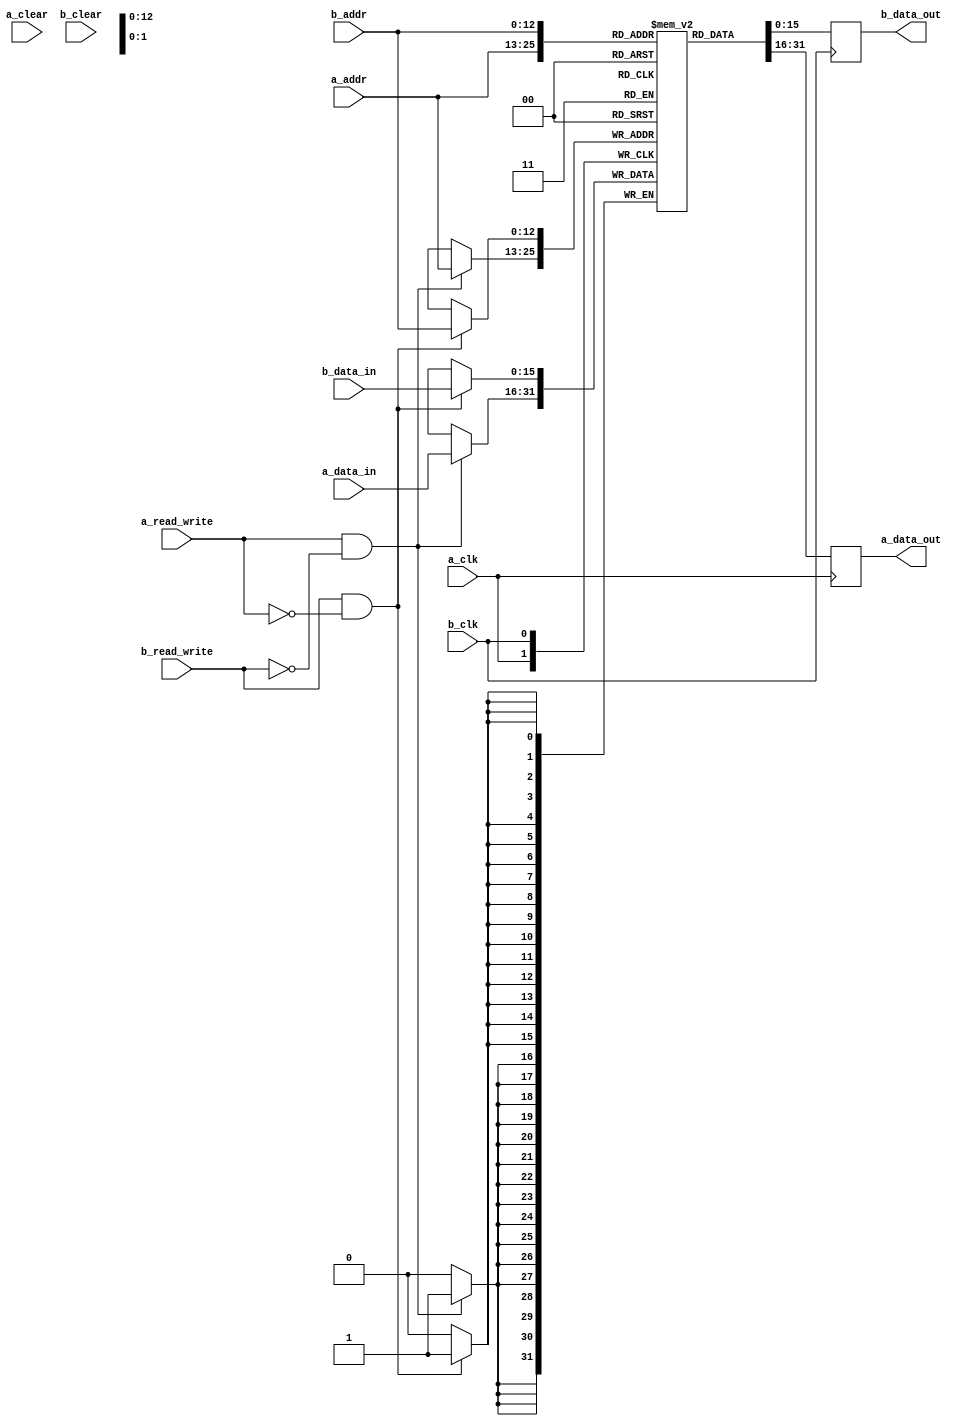
`timescale 1ns / 1ps
//////////////////////////////////////////////////////////////////////////////////
// Company: 
// Engineer: 
// 
// Design Name: 
// Module Name: BRAM_curr_DUAL
// Project Name: 
// Target Devices: 
// Tool Versions: 
// Description: 
// 
// Dependencies: 
// 
// Revision:
// Revision 0.01 - File Created
// Additional Comments:
// 
//////////////////////////////////////////////////////////////////////////////////

module BRAM_curr_DUAL (a_clk, a_addr, a_read_write, a_clear, a_data_in, a_data_out,
                   b_clk, b_addr, b_read_write, b_clear, b_data_in, b_data_out);
parameter n = 13;
parameter w = 16;

input a_clk, a_read_write, a_clear, b_clk, b_read_write, b_clear;
input [n-1:0] a_addr, b_addr;
input [w-1:0] a_data_in, b_data_in;
output reg [w-1:0] a_data_out, b_data_out;

// Start module here!
reg [w-1:0] reg_array [2**n-1:0];

integer i;
initial begin
    for( i = 0; i < 2**n; i = i + 1 ) begin
        reg_array[i] <= 16'b0000011111100000;
    end
end

always @(posedge(a_clk)) begin
    if( a_read_write == 1 && b_read_write == 0)
        reg_array[a_addr] <= a_data_in;
    //if( clear == 1 ) begin
        //for( i = 0; i < 2**n; i = i + 1 ) begin
            //reg_array[i] <= 0;
        //end
    //end
    a_data_out = reg_array[a_addr];
end

always @(posedge(b_clk)) begin
    if( b_read_write == 1 && a_read_write == 0)
        reg_array[b_addr] <= b_data_in;
    //if( clear == 1 ) begin
        //for( i = 0; i < 2**n; i = i + 1 ) begin
            //reg_array[i] <= 0;
        //end
    //end
    b_data_out = reg_array[b_addr];
end

endmodule